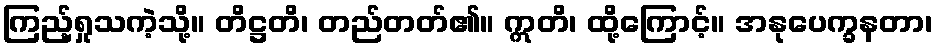
ကြည့်ရှုသကဲ့သို့။ တိဋ္ဌတိ၊ တည်တတ်၏။ ဣတိ၊ ထို့ကြောင့်။ အနုပေက္ခနတာ၊